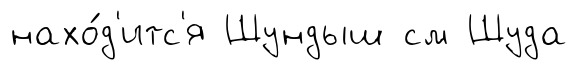
нахо́д'итс'я Шундыш см Шуда